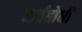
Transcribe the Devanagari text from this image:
सर्वबोधी